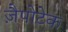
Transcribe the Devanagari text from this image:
ज़ैपोटेक